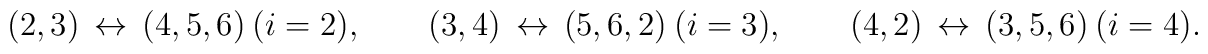
(2,3) \, \leftrightarrow \, (4,5,6) \ (i=2), \qquad (3,4) \, \leftrightarrow \, (5,6,2) \ (i=3), \qquad (4,2) \, \leftrightarrow \, (3,5,6) \ (i=4).